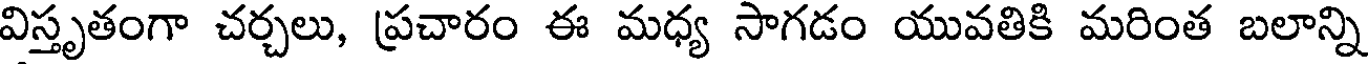
విస్తృతంగా చర్చలు, ప్రచారం ఈ మధ్య సాగడం యువతికి మరింత బలాన్ని